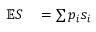
\begin{array} { r l } { \mathbb { E } S } & { { } = \sum p _ { i } s _ { i } } \end{array}